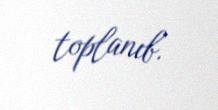
toplanıb.